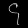
Digit: ၄